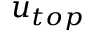
{ u } _ { t o p }